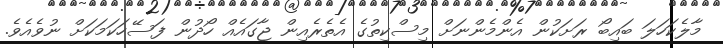
މާލެކަހަލަ ބައިބޯ ރަށަކުން އެންމެންނަށް މިސްކިތުގެ އެތެރެއިން ޖާގައެއް ހޯދުން ފަސޭހަކަމަކަށް ނުވެއެވެ.